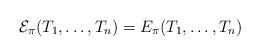
LaTeX: \begin{align*}\mathcal{E}_\pi(T_1, \ldots, T_n) = E_\pi(T_1, \ldots, T_n)\end{align*}